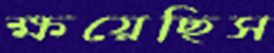
ক্ষয়েছিস